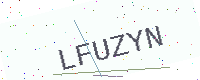
Text: LFUZYN